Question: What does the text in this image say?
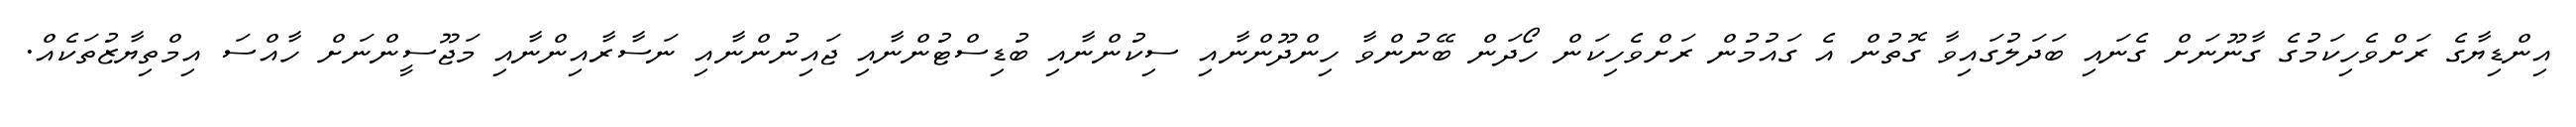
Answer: އިންޑިޔާގެ ރަށްވެހިކަމުގެ ގާނޫނަށް ގެނައި ބަދަލުގައިވާ ގޮތުން އެ ގައުމުން ރަށްވެހިކަން ހޯދަން ބޭނުންވާ ހިންދޫންނާއި ސިކުންނާއި ބުޑިސްޓުންނާއި ޖައިނުންނާއި ނަސާރާއިންނާއި މަޖޫސީންނަށް ހާއްސަ އިމްތިޔާޒުތަކެއް.